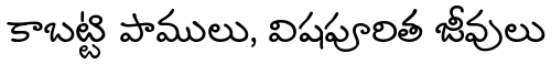
కాబట్టి పాములు, విషపూరిత జీవులు